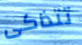
تتذاكى